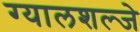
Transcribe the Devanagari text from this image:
ग्यालशल्जे